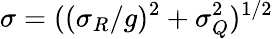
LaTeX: \sigma=((\sigma_{R}/g)^{2}+\sigma_{Q}^{2})^{1/2}